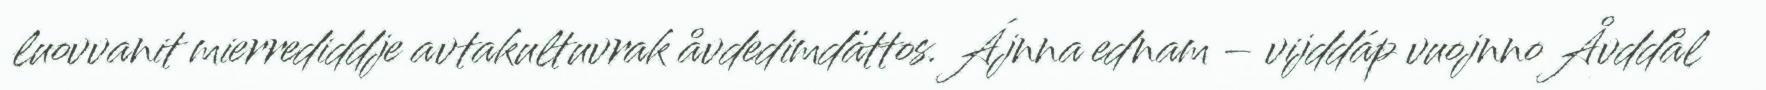
luovvanit mierrediddje avtakultuvrak åvdedimdättos. Ájnna ednam – vijddáp vuojnno Åvddål